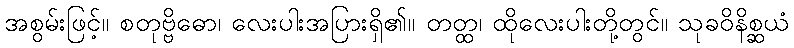
အစွမ်းဖြင့်။ စတုဗ္ဗိဓော၊ လေးပါးအပြားရှိ၏။ တတ္ထ၊ ထိုလေးပါးတို့တွင်။ သုခဝိနိစ္ဆယံ